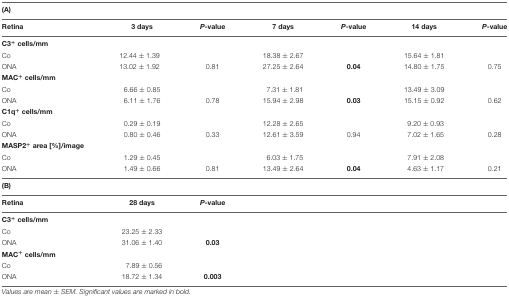
<table><thead><tr><td><b>(A)</b></td></tr></thead><tbody><tr><td><b>Retina</b></td><td><b>3 days</b></td><td><b><i>P</i>-value</b></td><td><b>7 days</b></td><td><b><i>P</i>-value</b></td><td><b>14 days</b></td><td><b><i>P</i>-value</b></td></tr><tr><td><b>C3<sup>+</sup> cells/mm</b></td><td></td><td></td><td></td><td></td><td></td><td></td></tr><tr><td>Co</td><td>12.44 ± 1.39</td><td></td><td>18.38 ± 2.67</td><td></td><td>15.64 ± 1.81</td><td></td></tr><tr><td>ONA</td><td>13.02 ± 1.92</td><td>0.81</td><td>27.25 ± 2.64</td><td><b>0.04</b></td><td>14.80 ± 1.75</td><td>0.75</td></tr><tr><td><b>MAC<sup>+</sup> cells/mm</b></td><td></td><td></td><td></td><td></td><td></td><td></td></tr><tr><td>Co</td><td>6.66 ± 0.85</td><td></td><td>7.31 ± 1.81</td><td></td><td>13.49 ± 3.09</td><td></td></tr><tr><td>ONA</td><td>6.11 ± 1.76</td><td>0.78</td><td>15.94 ± 2.98</td><td><b>0.03</b></td><td>15.15 ± 0.92</td><td>0.62</td></tr><tr><td><b>C1q<sup>+</sup> cells/mm</b></td><td></td><td></td><td></td><td></td><td></td><td></td></tr><tr><td>Co</td><td>0.29 ± 0.19</td><td></td><td>12.28 ± 2.65</td><td></td><td>9.20 ± 0.93</td><td></td></tr><tr><td>ONA</td><td>0.80 ± 0.46</td><td>0.33</td><td>12.61 ± 3.59</td><td>0.94</td><td>7.02 ± 1.65</td><td>0.28</td></tr><tr><td><b>MASP2<sup>+</sup> area [%]/image</b></td><td></td><td></td><td></td><td></td><td></td><td></td></tr><tr><td>Co</td><td>1.29 ± 0.45</td><td></td><td>6.03 ± 1.75</td><td></td><td>7.91 ± 2.08</td><td></td></tr><tr><td>ONA</td><td>1.49 ± 0.66</td><td>0.81</td><td>13.49 ± 2.64</td><td><b>0.04</b></td><td>4.63 ± 1.17</td><td>0.21</td></tr><tr><td><b>(B)</b></td></tr><tr><td><b>Retina</b></td><td><b>28 days</b></td><td><b><i>P</i>-value</b></td></tr><tr><td><b>C3<sup>+</sup> cells/mm</b></td><td></td><td></td></tr><tr><td>Co</td><td>23.25 ± 2.33</td><td></td></tr><tr><td>ONA</td><td>31.06 ± 1.40</td><td><b>0.03</b></td></tr><tr><td><b>MAC<sup>+</sup> cells/mm</b></td><td></td><td></td></tr><tr><td>Co</td><td>7.89 ± 0.56</td><td></td></tr><tr><td>ONA</td><td>18.72 ± 1.34</td><td><b>0.003</b></td></tr></tbody></table>